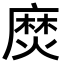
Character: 𪎖